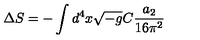
\Delta S = - \int d ^ { 4 } x \sqrt { - g } C \frac { a _ { 2 } } { 1 6 \pi ^ { 2 } }